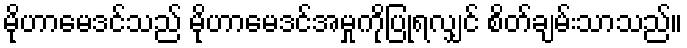
မိုဟာမေဒင်သည် မိုဟာမေဒင်အမှုကိုပြုရလျှင် စိတ်ချမ်းသာသည်။